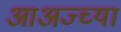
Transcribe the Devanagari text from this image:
आअज्च्या